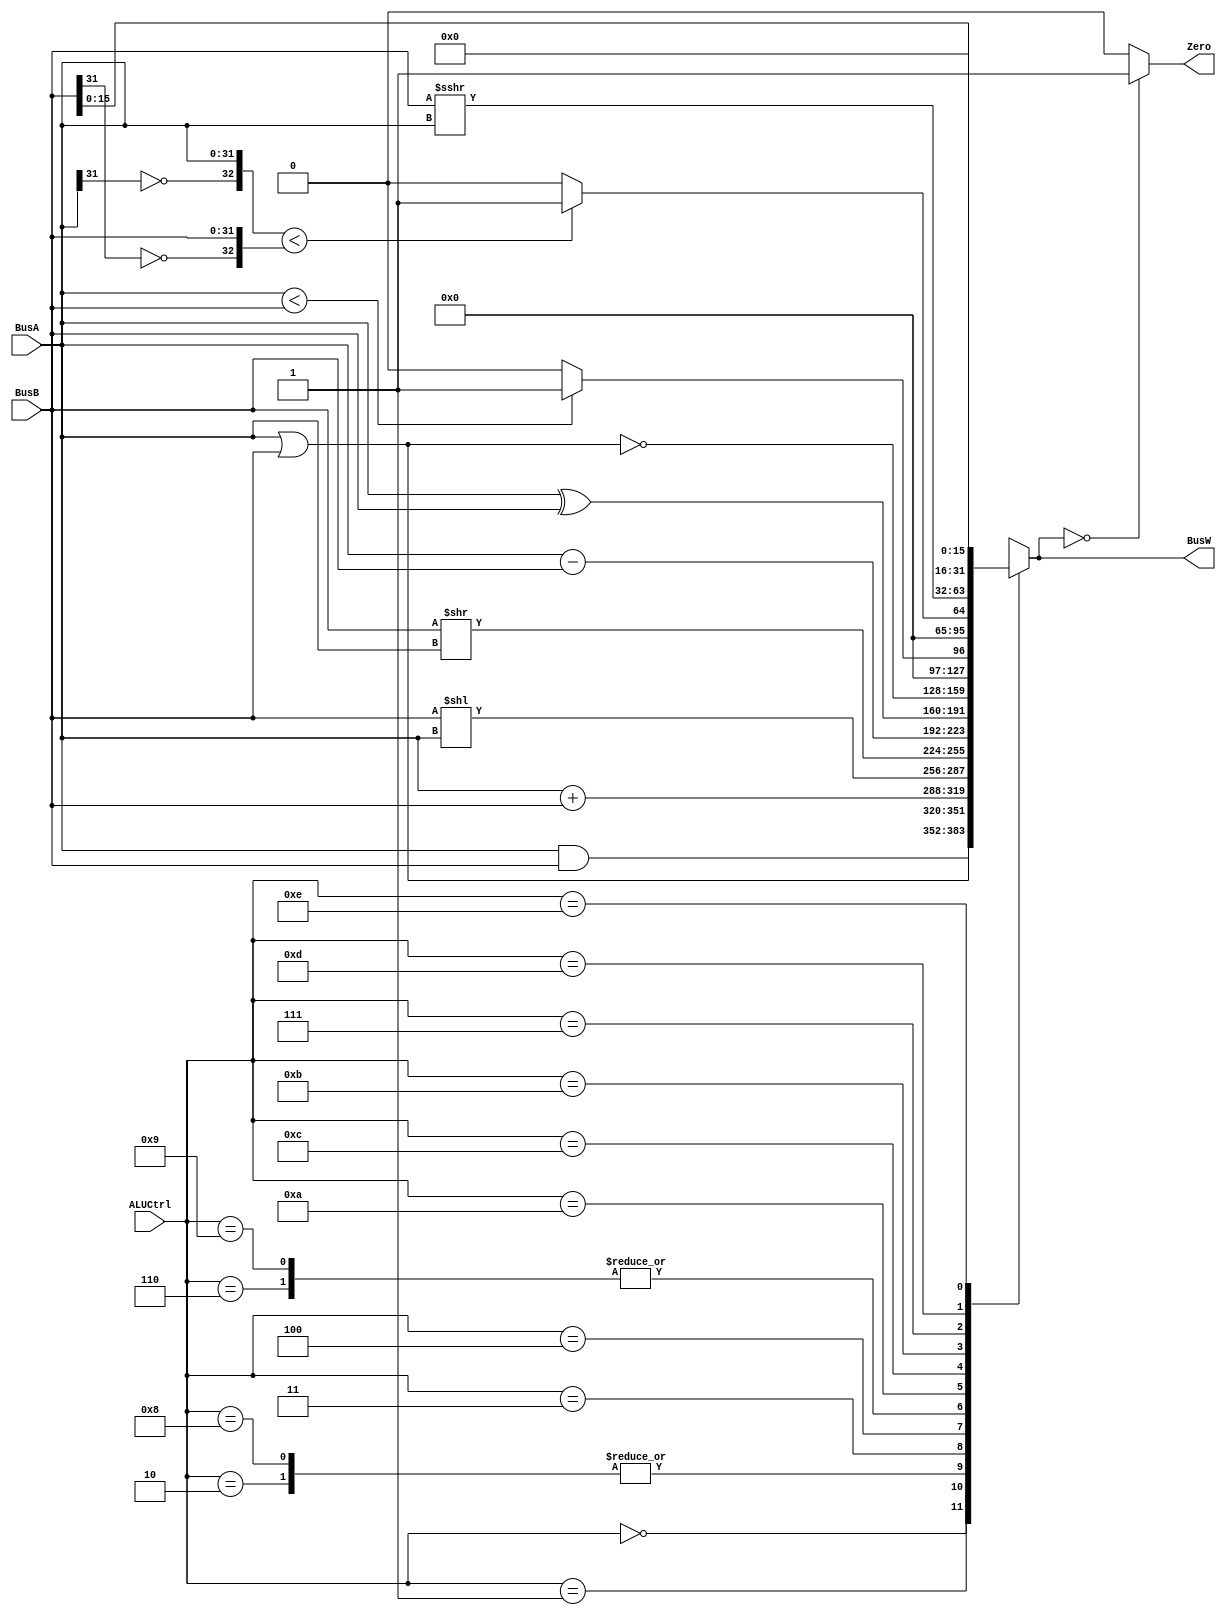
`timescale 1ns / 1ps
// Defines used for the different ALU Operations
`define AND 4'b0000
`define OR 4'b0001
`define ADD 4'b0010
`define SLL 4'b0011
`define SRL 4'b0100
`define SUB 4'b0110
`define SLT 4'b0111
`define ADDU 4'b1000
`define SUBU 4'b1001
`define XOR 4'b1010
`define SLTU 4'b1011
`define NOR 4'b1100
`define SRA 4'b1101
`define LUI 4'b1110
module ALU(BusW, Zero, BusA, BusB, ALUCtrl
    );
input wire [31:0] BusA, BusB; // Inputs
input wire [3:0] ALUCtrl ;    // ALU Control in from ALU control block
output reg [31:0] BusW;       // Output of ALU operation
output wire Zero ;            // Zero result output

wire less;
assign Zero = (BusW == 0) ? 1'b1 : 1'b0;
// Less than logic, invert the MSB and do a signed comparison
assign less = ({~BusA[31],BusA[31:0]} < {~BusB[31],BusB[31:0]}  ? 1'b1 : 1'b0);
always@(*)begin

        case (ALUCtrl)
        `AND:   BusW <= BusA & BusB;
        `OR:    BusW <= BusA | BusB;
        `ADD:   BusW <= BusA + BusB;
        `ADDU:  BusW <= BusA + BusB;  // same as abv, no exceptions supported in design
        `SLL:   BusW <= BusB << BusA; // Updated this : BusB shifts by BusA
        `SRL:   BusW <= BusB >> BusA; // Updated this: Bus B shifts by BusA
        `SUB:   BusW <= BusA - BusB;
        `SUBU:  BusW <= BusA - BusB;
        `XOR:   BusW <= BusA ^ BusB;
        `NOR:   BusW <= ~(BusA | BusB);
        `SLTU:  BusW <= (BusA < BusB) ? 32'b1 : 32'b0; // Unsigned comparison
        `SLT:   BusW <= (less);
        `SRA:   BusW <= ($signed(BusB) >>> BusA); // Updated this: Bus B shifts by Bus A now
        `LUI:   BusW <= {BusB[15:0] , 16'b0};
        default: BusW <= 32'bx;
        endcase
end
endmodule